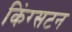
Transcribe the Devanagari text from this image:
किंग्‍सटन